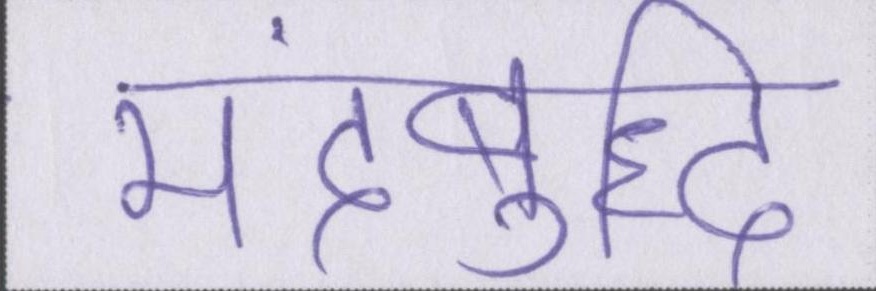
मंदबुद्धि